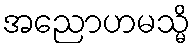
အညောဟမသ္မိ